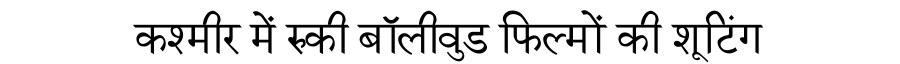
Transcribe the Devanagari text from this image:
कश्मीर में रुकी बॉलीवुड फिल्मों की शूटिंग